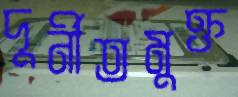
দুর্নীতমুক্ত